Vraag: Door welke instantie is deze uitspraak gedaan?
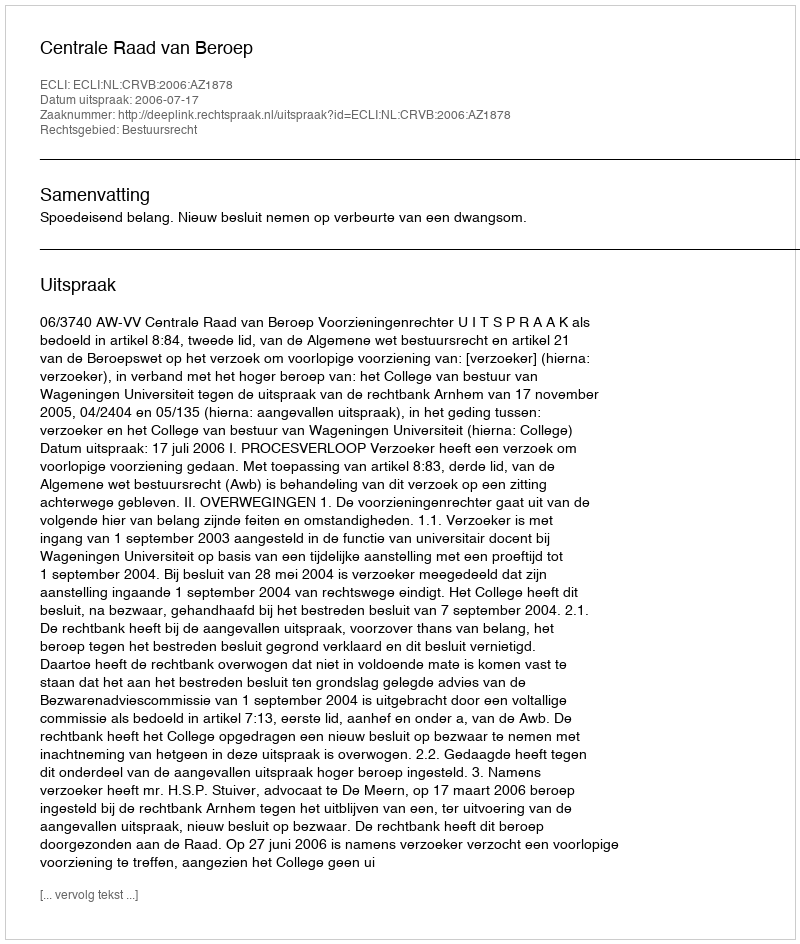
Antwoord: Centrale Raad van Beroep